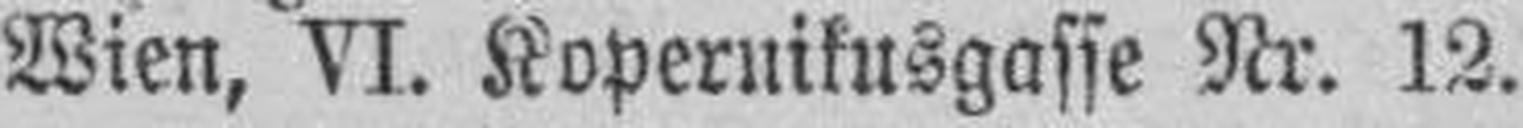
Wien, VI. Kopernikusgasse Nr. 12.